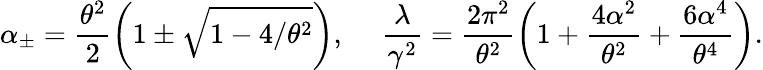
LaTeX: \alpha_{\pm}=\frac{\theta^{2}}{2}\left(1\pm\sqrt{1-4/\theta^{2}}\right),\ \ \ \ \ \frac{\lambda}{\gamma^{2}}=\frac{2\pi^{2}}{\theta^{2}}\left(1+\frac{4\alpha^{2}}{\theta^{2}}+\frac{6\alpha^{4}}{\theta^{4}}\right).